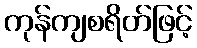
ကုန်ကျစရိတ်ဖြင့်